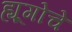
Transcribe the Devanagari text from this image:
ह्यूगोचे